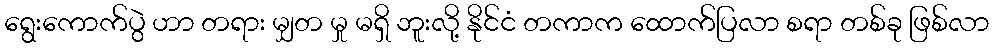
ရွေးကောက်ပွဲ ဟာ တရား မျှတ မှု မရှိ ဘူးလို့ နိုင်ငံ တကာက ထောက်ပြလာ စရာ တစ်ခု ဖြစ်လာ